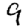
Digit: 9